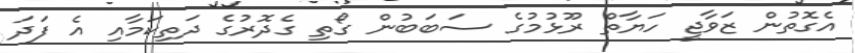
އެގޮތުން ޒަވާޖީ ހަޔާތް ރޫޅުމުގެ ސަބަބުން ގޯތި ގެދޮރުގެ ދަތިކަމާއި އެ ފަދަ